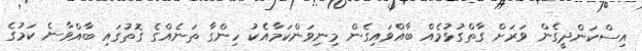
އިސްކަންދީގެން ވަރަށް ގާތްގުޅުމެއް ބާއްވައިގެން މިނިވަންކަމާއެކު ހިންގާ ތަނެއްގެ ގޮތުގައި ބާއްވާނެ ކަމުގެ